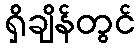
ရှိချိန်တွင်